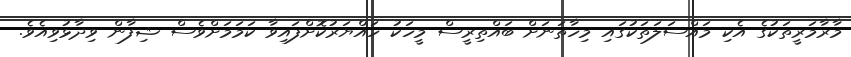
މާރާމަރީތަކުގެ އެކި މައްސަލަތަކުގައި މިހާތަނަށް ބައްތިރީސް މީހަކު ހައްޔަރުކޮށްފައިވާ ކަމަމަށްވެސް ޝިފާން ވިދާޅުވިއެވެ.